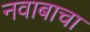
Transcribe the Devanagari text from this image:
नवाबाचा